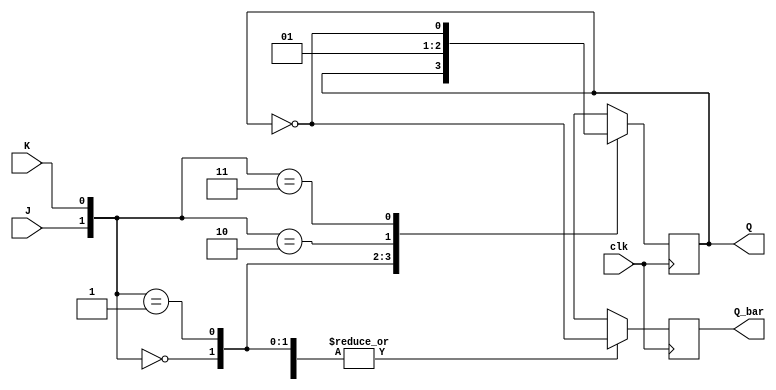
module jk_flip_flop (
    input wire clk,
    input wire J,
    input wire K,
    output reg Q,
    output reg Q_bar
);

always @(posedge clk) begin
    case ({J, K})
        2'b00: begin // hold
            Q <= Q;
            Q_bar <= ~Q;
        end
        2'b01: begin // reset
            Q <= 1'b0;
            Q_bar <= ~Q;
        end
        2'b10: begin // set
            Q <= 1'b1;
            Q_bar <= ~Q;
        end
        2'b11: begin // toggle
            Q <= ~Q;
            Q_bar <= ~Q;
        end
    endcase
end

endmodule